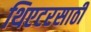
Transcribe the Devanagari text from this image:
थिएटरसाठी